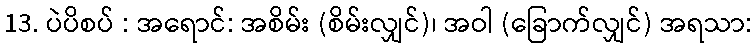
13. ပဲပိစပ် : အရောင်: အစိမ်း (စိမ်းလျှင်)၊ အဝါ (ခြောက်လျှင်) အရသာ: